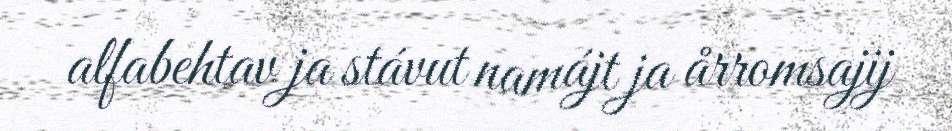
alfabehtav ja stávut namájt ja årromsajij